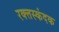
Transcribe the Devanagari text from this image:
रक्त्तस्कंदक